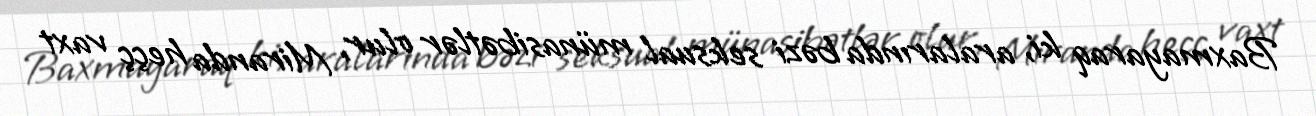
Baxmayaraq ki, aralarında bəzi seksual münasibətlər olur, Miranda heçç vaxt